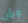
وبأن